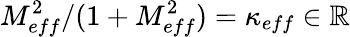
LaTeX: M_{eff}^{2}/(1+M_{eff}^{2})=\kappa_{eff}\in\mathbb{R}